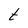
Character: t